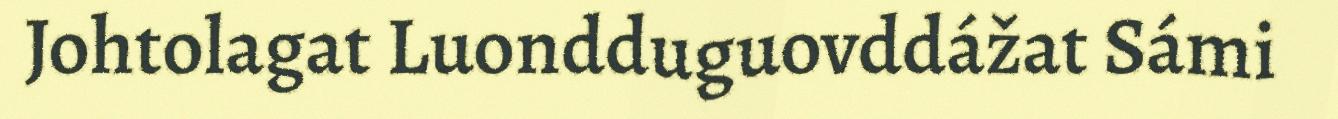
Johtolagat Luondduguovddážat Sámi